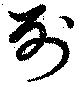
列